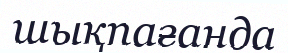
шықпағанда